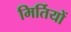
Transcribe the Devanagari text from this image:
मिर्तियों